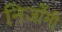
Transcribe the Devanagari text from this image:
निजाँमी